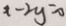
x - 2 y = 0